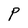
Character: P